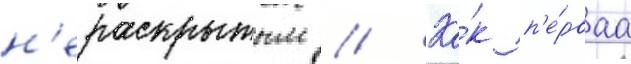
н'ераскрытым // Ка́к п'е́рваа